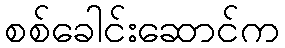
စစ်ခေါင်းဆောင်က